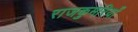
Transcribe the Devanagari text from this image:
राजकुमरियाँ